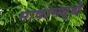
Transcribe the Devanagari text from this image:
भाषांमद्धे